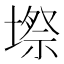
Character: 𭏥